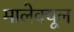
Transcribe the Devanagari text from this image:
मालेक्यूल